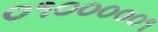
૦૧૦૦૦૦૦૧